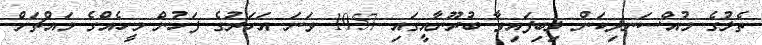
ތެލުގެ މުއްސަނދިކަން ލިބިފައިވާ ބުރޫނާއީގައި 1957 ވަނަ އަހަރުގެ ފަހުން މީހެއްގެ މައްޗަށް